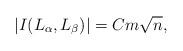
LaTeX: \begin{align*}|I(L_\alpha,L_\beta)| = Cm\sqrt{n},\end{align*}